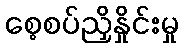
စေ့စပ်ညှိနှိုင်းမှု